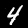
Label: 4